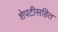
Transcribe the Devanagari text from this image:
शेपटीसहित